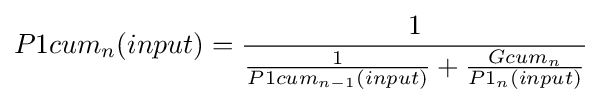
P1cum_{n}(input)={\frac {1}{{\frac {1}{P1cum_{n-1}(input)}}+{\frac {Gcum_{n}}{P1_{n}(input)}}}}